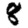
Digit: 8